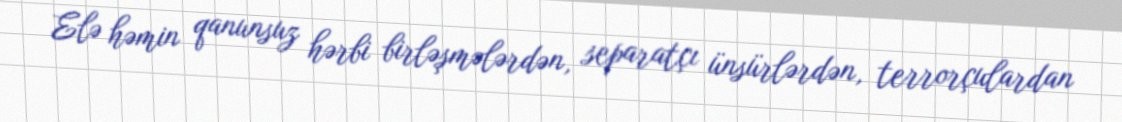
Elə həmin qanunsuz hərbi birləşmələrdən, separatçı ünsürlərdən, terrorçulardan